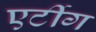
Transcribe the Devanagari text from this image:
एर्टीग